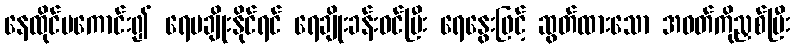
နေထိုင်မကောင်း၍ ရေမချိုးနိုင်ရင် ရေချိုးခန်းဝင်ပြီး ရေနွေးဖြင့် ဆွတ်ထားသော အဝတ်ကိုညှစ်ပြီး